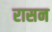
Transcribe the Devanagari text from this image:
रासन